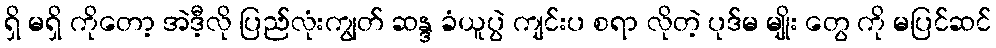
ရှိ မရှိ ကိုတော့ အဲဒီ့လို ပြည်လုံးကျွတ် ဆန္ဒ ခံယူပွဲ ကျင်းပ စရာ လိုတဲ့ ပုဒ်မ မျိုး တွေ ကို မပြင်ဆင်